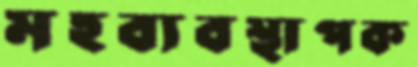
মহব্যবস্থাপক